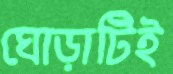
ঘোড়াটিই